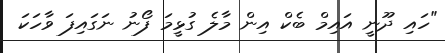
"ހައި ދޫނީ އައިމް ބެކް އިން މާލެ ގުޅީމަ ފޯނު ނަގައިފަ ވާހަކަ